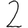
Digit: 2